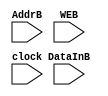
`timescale 1ns / 1ps
module MemoryB(AddrB, WEB, DataInB, clock);
    input [1:0] AddrB;
    input WEB;
    input [7:0] DataInB;
    input clock;
    reg [7:0] SRAM [3:0];
    wire [1:0] AddrB;
    wire [7:0] DataInB;
    
    always @ (posedge clock)
    begin
        if (WEB==1)
            SRAM[AddrB] <= DataInB;
    end
endmodule